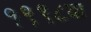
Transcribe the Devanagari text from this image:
१९९८या